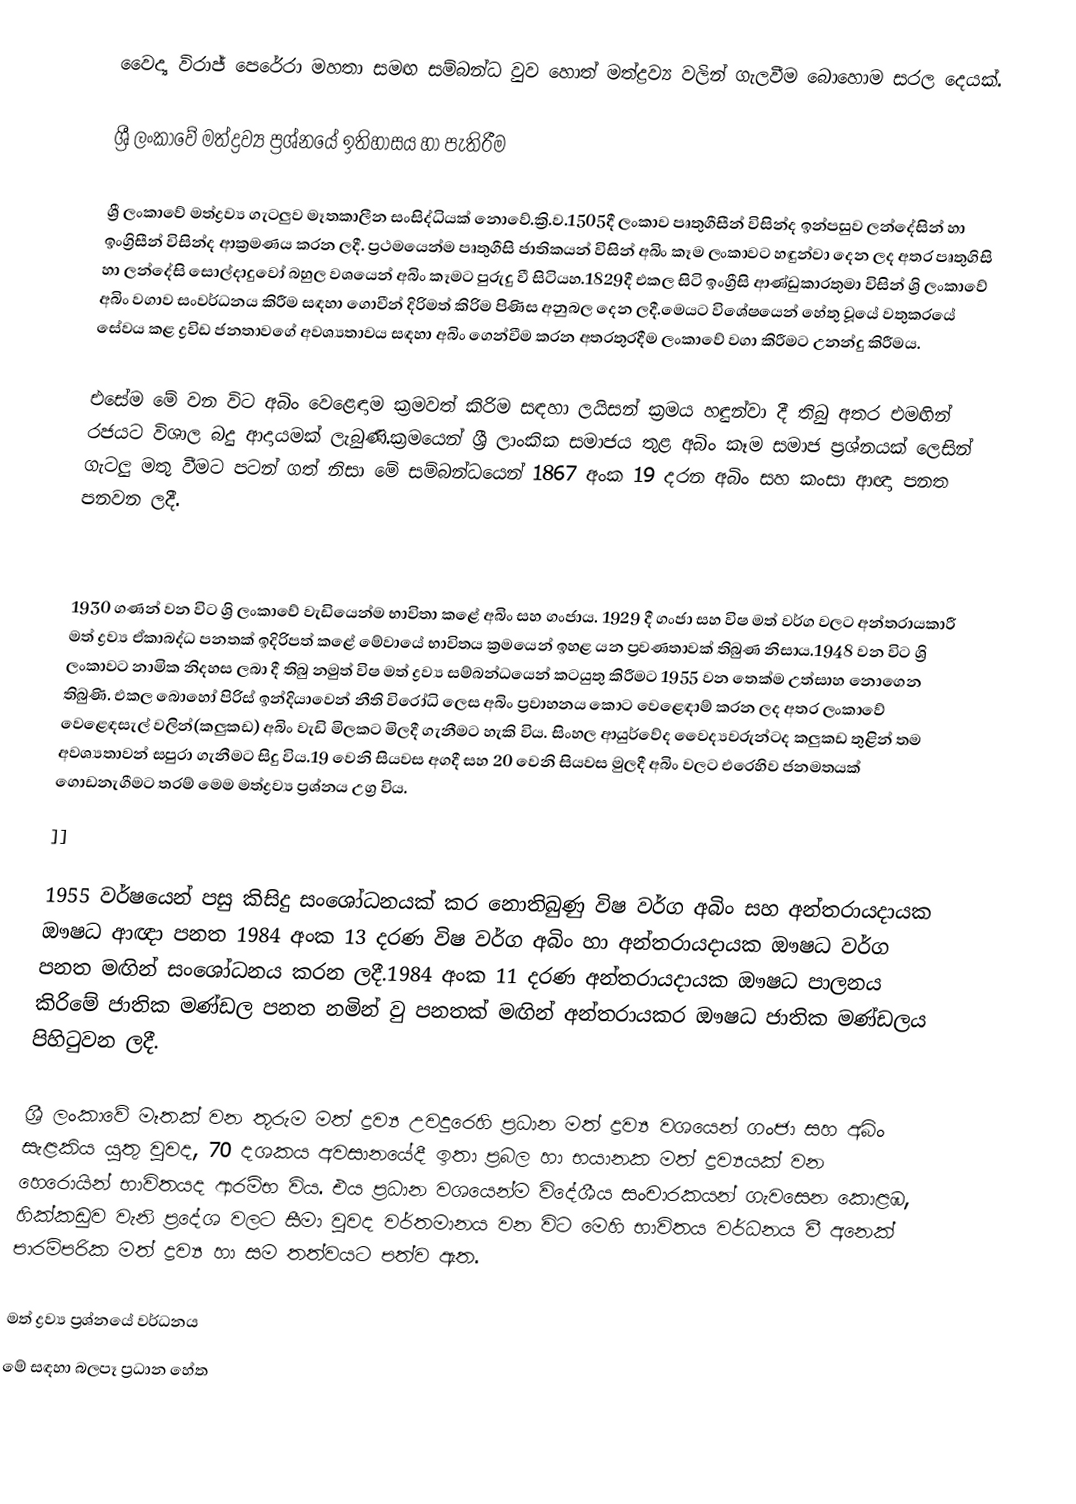
වෛද්‍ය විරාජ් පෙරේරා මහතා සමඟ සම්බන්ධ වුව හොත් මත්ද්‍රව්‍ය වලින් ගැලවීම බොහොම සරල දෙයක්.

ශ්‍රී ලංකාවේ මත්ද්‍රව්‍ය ප්‍රශ්නයේ ඉතිහාසය හා පැතිරීම

ශ්‍රී ලංකාවේ මත්ද්‍රව්‍ය ගැටලුව මෑතකාලීන සංසිද්ධියක් නොවේ.ක්‍රි.ව.1505දී ලංකාව පෘතුගීසීන් විසින්ද ඉන්පසුව ලන්දේසින් හා ඉංග්‍රිසීන් විසින්ද ආක්‍රමණය කරන ලදී. ප්‍රථමයෙන්ම පෘතුගීසි ජාතිකයන් විසින් අබිං කෑම ලංකාවට හඳුන්වා දෙන ලද අතර පෘතුගිසි හා ලන්දේසි සොල්දාදුවෝ බහුල වශයෙන් අබිං කෑමට පුරුදු වී සිටියහ.1829දී එකල සිටි ඉංග්‍රීසි ආණ්ඩුකාරතුමා විසින් ශ්‍රි ලංකාවේ අබිං වගාව සංවර්ධනය කිරීම සඳහා ගොවීන් දිරිමත් කිරිම පිණිස අනුබල දෙන ලදී.මෙයට විශේෂයෙන් හේතු වූයේ වතුකරයේ සේවය කළ ද්‍රවිඩ ජනතාවගේ අවශ්‍යතාවය සඳහා අබිං ගෙන්වීම කරන අතරතුරදීම ලංකාවේ වගා කිරීමට උනන්දු කිරීමය.

එසේම මේ වන විට අබිං වෙළෙඳාම ක්‍රමවත් කිරිම සඳහා ලයිසන් ක්‍රමය හඳුන්වා දී  තිබු අතර එමඟින් රජයට විශාල බදු ආදායමක් ලැබුණි.ක්‍රමයෙන් ශ්‍රී ලාංකික සමාජය තුළ අබිං කෑම සමාජ ප්‍රශ්නයක් ලෙසින් ගැටලු මතු වීමට පටන් ගත් නිසා මේ සම්බන්ධයෙන් 1867 අංක 19 දරන අබිං සහ කංසා ආඥා පනත පනවන ලදී.

1930 ගණන් වන විට ශ්‍රි ලංකාවේ වැඩියෙන්ම භාවිතා කළේ අබිං සහ ගංජාය. 1929 දී ගංජා සහ විෂ මත් වර්ග වලට අන්තරායකාරී මත් ද්‍රව්‍ය ඒකාබද්ධ පනතක් ඉදිරිපත් කළේ  මේවායේ භාවිතය ක්‍රමයෙන් ඉහළ යන ප්‍රවණතාවක් තිබුණ නිසාය.1948 වන විට ශ්‍රි ලංකාවට නාමික නිදහස ලබා දී තිබු නමුත්  විෂ මත් ද්‍රව්‍ය සම්බන්ධයෙන් කටයුතු කිරීමට 1955 වන තෙක්ම උත්සාහ නොගෙන තිබුණි. එකල බොහෝ පිරිස් ඉන්දියාවෙන් නීති විරෝධි ලෙස අබිං ප්‍රවාහනය කොට වෙළෙඳාම් කරන ලද අතර ලංකාවේ වෙළෙඳසැල් වලින්(කලුකඩ) අබිං වැඩි මිලකට මිලදී ගැනීමට හැකි විය. සිංහල ආයුර්වේද වෛද්‍යවරුන්ටද කලුකඩ තුළින් තම අවශ්‍යතාවන් සපුරා ගැනීමට සිදු විය.19 වෙනි සියවස අගදී සහ 20 වෙනි සියවස මුලදී අබිං වලට එරෙහිව ජනමතයක් ගොඩනැගීමට තරම් මෙම මත්ද්‍රව්‍ය ප්‍රශ්නය උග්‍ර විය.
]]

1955 වර්ෂයෙන් පසු කිසිදු සංශෝධනයක් කර නොතිබුණු විෂ වර්ග අබිං සහ අන්තරායදායක ඖෂධ ආඥා පනත 1984 අංක 13 දරණ විෂ වර්ග අබිං හා අන්තරායදායක ඖෂධ වර්ග පනත මඟින් සංශෝධනය කරන ලදී.1984 අංක 11 දරණ අන්තරායදායක ඖෂධ පාලනය කිරිමේ ජාතික මණ්ඩල පනත නමින් වු පනතක් මඟින් අන්තරායකර ඖෂධ ජාතික මණ්ඩලය පිහිටුවන ලදී.

ශ්‍රී ලංකාවේ මෑතක් වන තූරුම මත් ද්‍රව්‍ය උවදුරෙහි ප්‍රධාන මත් ද්‍රව්‍ය වශයෙන් ගංජා සහ අබිං සැළකිය යුතු වුවද, 70 දශකය අවසානයේදී ඉතා ප්‍රබල හා භයානක මත් ද්‍රව්‍යයක් වන හෙරොයින් භාවිතයද ආරම්භ විය. එය ප්‍රධාන වශයෙන්ම විදේශීය සංචාරකයන් ගැවසෙන කොළඹ, හික්කඩුව වැනි ප්‍රදේශ වලට සීමා වුවද  වර්තමානය වන විට මෙහි භාවිතය වර්ධනය වී අනෙක් පාරම්පරික මත් ද්‍රව්‍ය හා සම තත්වයට පත්ව ඇත.

මත් ද්‍රව්‍ය ප්‍රශ්නයේ වර්ධනය
මේ සඳහා බලපෑ ප්‍රධාන හේත